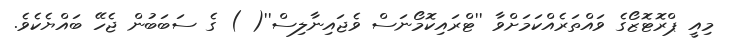
މިއީ ޕްރޮޓޮޒޯގެ ވައްތަރެއްކަމަށްވާ ''ޓްރައިކޮމޯނަސް ވެޖައިނާލިސް''( ) ގެ ސަބަބުން ޖެހޭ ބައްޔެކެވެ.